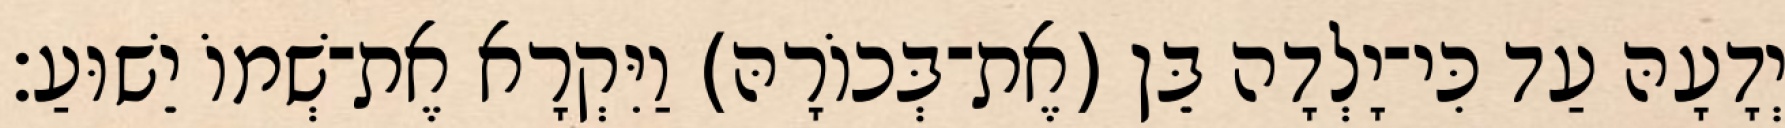
יְדָעָהּ עַד כִּי־יָלְדָה בֵּן (אֶת־בְּכוֹרָהּ) וַיִּקְרָא אֶת־שְׁמוֹ יֵשׁוּעַ׃